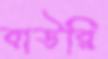
বাউরি